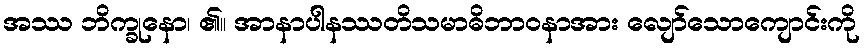
အဿ ဘိက္ခုနော၊ ၏။ အာနာပါနဿတိသမာဓိဘာဝနာအား လျော်သောကျောင်းကို